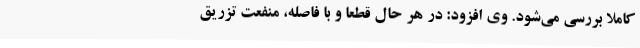
کاملا بررسی می‌شود. وی افزود: در هر حال قطعا و با فاصله، منفعت تزریق